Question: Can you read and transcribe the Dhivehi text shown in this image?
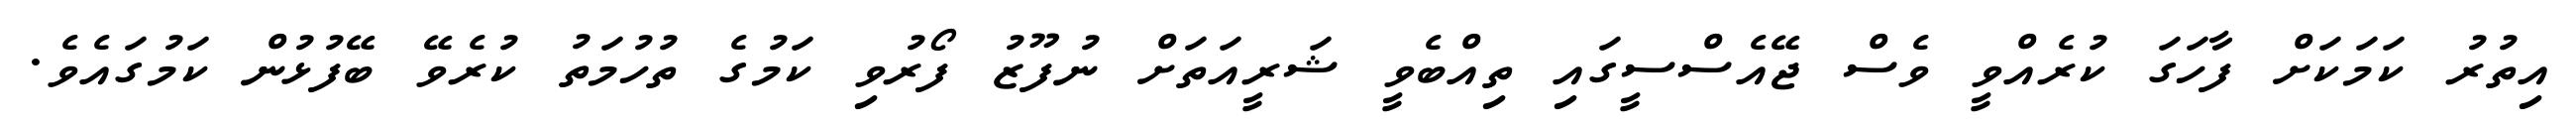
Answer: އިތުރު ކަމަކަށް ފާހަގަ ކުރެއްވީ ވެސް ޖޭއެސްސީގައި ތިއްބެވީ ޝަރީއަތަށް ނުފޫޒު ފޯރުވި ކަމުގެ ތުހުމަތު ކުރެވޭ ބޭފުޅުން ކަމުގައެވެ.